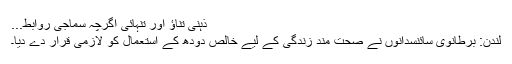
ذہنی تناؤ اور تنہائی اگرچہ سماجی روابط...
لندن: برطانوی سائنسدانوں نے صحت مند زندگی کے لیے خالص دودھ کے استعمال کو لازمی قرار دے دیا۔